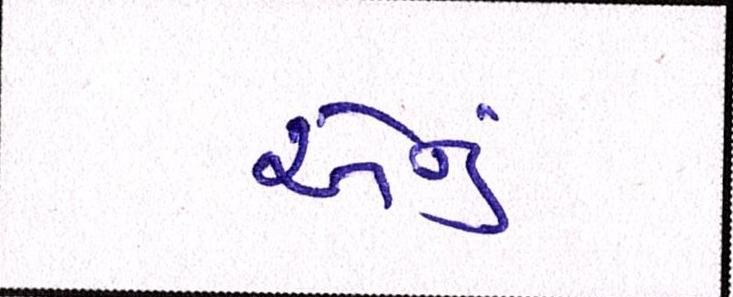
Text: એનું